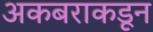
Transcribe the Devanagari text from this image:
अकबराकडून